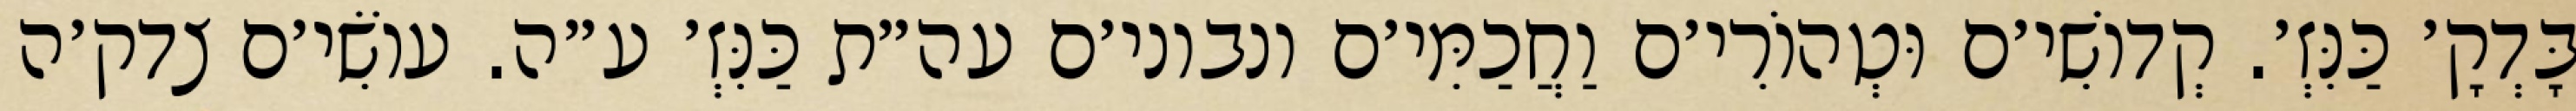
בָּדְקָ׳ כַּנִּזְ׳. קְדוֹשִׁי׳ם וּטְהוֹרִי׳ם וַחֲכַמִּי׳ם ונבוני׳ם עה״ת כַּנִּזְ׳ ע״ה. עוֹשִׂי׳ם צדק׳ה